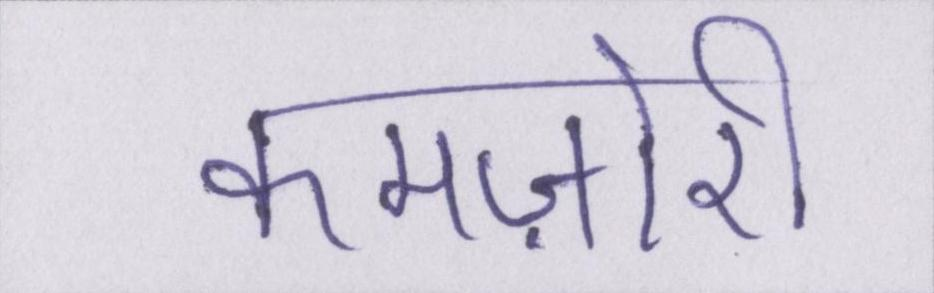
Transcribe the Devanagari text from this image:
कमज़ोरी